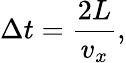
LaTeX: \Delta t={\frac{2L}{v_{x}}},